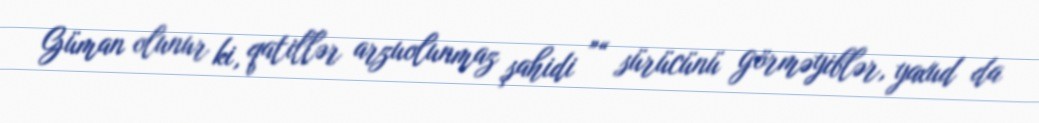
Güman olunur ki, qatillər arzuolunmaz şahidi ”“ sürücünü görməyiblər, yaxud da